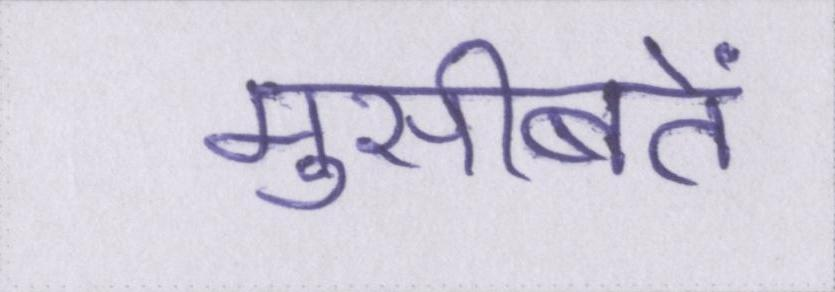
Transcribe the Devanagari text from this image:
मुसीबतें